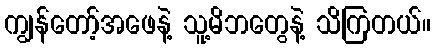
ကျွန်တော့်အဖေနဲ့ သူ့မိဘတွေနဲ့ သိကြတယ်။